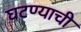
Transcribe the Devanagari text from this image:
घटण्याची